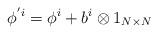
LaTeX: \begin{align*}\phi ^{'i}= \phi^i + b^i \otimes 1_{N \times N}\end{align*}